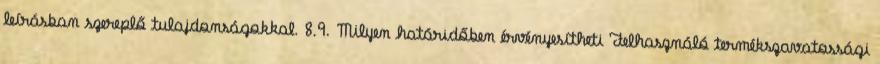
leírásban szereplő tulajdonságokkal. 8.9. Milyen határidőben érvényesítheti Felhasználó termékszavatossági